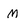
Character: M